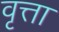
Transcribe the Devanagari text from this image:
वृत्ता